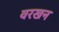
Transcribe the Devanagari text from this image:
वरखन